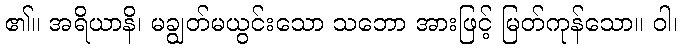
၏။ အရိယာနိ၊ မချွတ်မယွင်းသော သဘော အားဖြင့် မြတ်ကုန်သော။ ဝါ၊